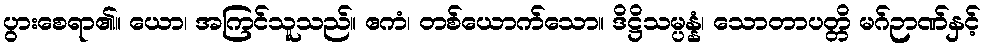
ပွားစေရာ၏။ ယော၊ အကြင်သူသည်။ ဧကံ၊ တစ်ယောက်သော။ ဒိဋ္ဌိသမ္ပန္နံ၊ သောတာပတ္တိ မဂ်ဉာဏ်နှင့်